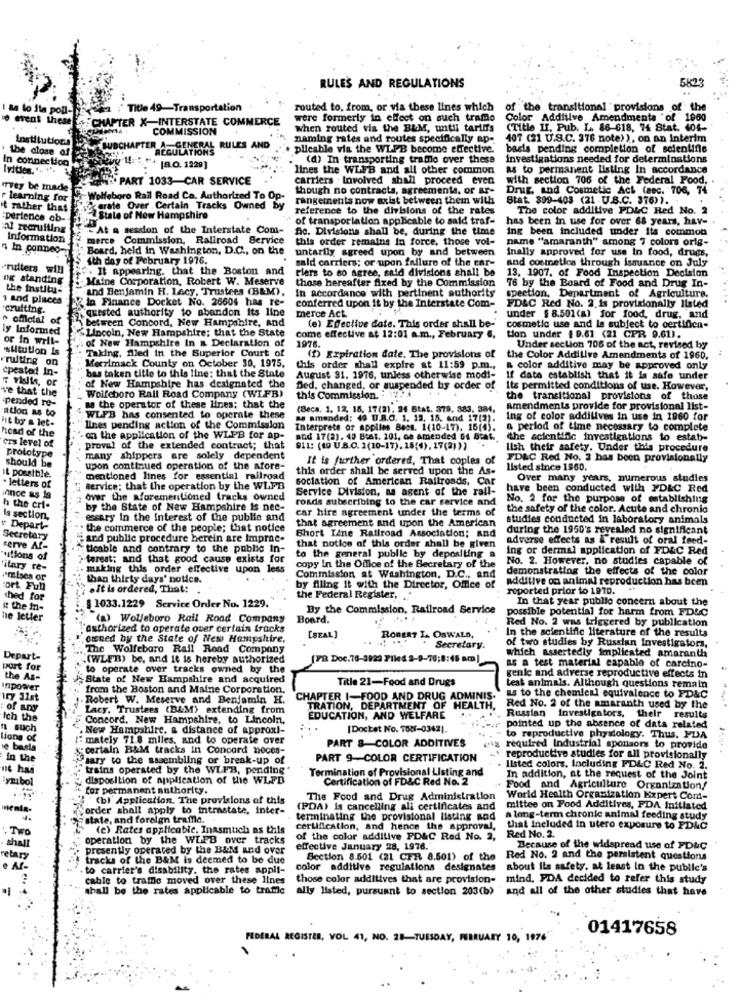
RULES AND REGULATIONS
5623
I & lo ita poll-
Title 49-Transportation
routed to, from, or via these lines which
of the transitional provisions of the
event these
CHAPTER X-INTERSTATE COMMERCE
were formerly in effect on such tramo
Color Additive Amendments of 1900
COMMISSION
when routed vis the BLM, untu tariffs
(Title II. Pub. L. 86-618, 74 Stat. 404-
Institutions
naming rates and routes specifically ap-
407 (21 U.S.C. 376 note) ), on an Interim
the close of
TER A-GENERAL RULES AND
REGULATIONS
plicable via the WL-PB become effective.
basis pending completion of scientifle
In connection
"(d) In transporting tramno over these
investigations needed for determinations
[8.O. 1229]
lines the WLFB and all other common
as to permanent listing In accordance
TA PART 1033-CAR SERVICE
carriers . Involved shall proceed even
with section 706 of the Federal Food. .
vey be made
though no contracts, agreements, or ar-
Drug, and Cosmetic Act (sec. 706, 74
r learning for
Wolfeboro Rail Road Ca. Authorized To Op-
rangements now exist between them with
Stat. 399-403 (21 U.S.C. 376)) ..
it rather that
crate Over Certain Tracks Owned by
reference to the divisions of the rates
The color additive PDLC Red No. 2
:perience ob-
- State of New Hampshire
of transportation applicable to said traf- has been in use for over 68 years, hav-
has been in use for over 68 years, hav-
al recruiting
-At a session of the Interstate Com-
fc. Divisions shall be, during the time
ing been included under its common
Information
merce Commission, Raliroad Service
this order remains in force, those vol-
name "amaranth" among 7 colors orig-
" In conneo-
"Board, held in Washington, D.C ., on the
untarily agreed upon by and between
Inally approved for use In food, drugs,
"ith day of February 1976.
sald carriers; or upon failure of the car-
and cosmetics through issuance on July
"ruiters will
#. It appearing, that the Boston and
Flers to so agree, said divisions shall be
13. 1907. of Food Inspection Decision
ng standing
Maine Corporation, Robert W. Meserve
those hereafter fixed by the Commission
the institu-
And Benjamin H. Lecy, Trustees (B&M),
In accordance with pertinent authority
76 by the Board of Food and Drug In-
1 and places
Y la Finance Docket No. 26604 has re-
conferred upon it by the Interstate Com-
pection. Department of Agriculture.
cruiting.
quested authority to abandon its line
merce Act
FD&C Red No. 2. is provisionally listed
" ofilotal of
between Concord, New Hampshire, and
under # 8.501(a) for food, drug, and
ly Informed
Lincoln, New Hampshire; that the State
(e) Effective date. This order shall be-
cosmetic use and la subject to certifica-
or in will-
of New Hampshire In a Declaration of
come effective at 12:01 a.m ., February 6, tion under $ 9.61 (21 CPR 9.61).
sitution is
Taking, filed in the Superior Court of
1976.
Under section 708 of the act, revised byy
rrulting on
(D) Expiration date. The provisions of the Color Additive Amendments of 1960.
cpeated In-
Merrimack County on October 30, 1975,
this order shall expire at 11:59 p.m .,
a color additive may be approved only
T Vislis, or
bes taken title to this line: that the State
August 31. 1976, unless otherwise modi-
If data establish that it is safe under
ve that the
of New Hampshire has designated the
Ded, changed, or suspended by order of
Its permitted conditions of use. However,
pended re-
Wolfeboro Rall Road Company (WLFB)
this Commission.
the transitional provisions of those
ation as to
w the operator of these lines; that the
(Beca. 1. 12, 15, 17(2). 24 Stat. 379, 883. 384,
Amendments provide for provisional list-
Fit bo a let-
WLFB has consented to operate these
as amended: 49 U.R.O. 1. 12. 15, and 17(2).
Ing of color addilives in use in 1960 for
head of the
lines pending action of the Commission
Interprets or applies Bacs. 1(10-17). 16(4).
a period of time necessary to complete
on the application of the WLFB for ap-
and 17(2) . 49 Btat. 201, oe amended Of Staf ..
"the scientific investigations to estab-
crs level of
proval of the extended contract; that
911: (40 U.S.C. 1(10-17). 15(4), 17(2)))
Ilsh their safety. Under this procedure
prototype
many shippers are solely dependent
It is further ordered, That copies of
FD&C Red No. 2 has been provisionally
should be
upon continued operation of the afore-
this order shall be served upon the As-
listed since 1960.
It possible.
· letters of
mentioned lines for essential railroad
sociation of American Railroads, Car
Over many years, numerous studies
once as 19
service; that the operation by the WLFB
Service Division, as agent of the rail-
have been conducted with FD&C Red
over the aforementioned tracks owned
roads subscribing to the car service and
No. 2 for the purpose of establishing
h the cri-
by the State of New Hampshire is nec-
car hire agreement under the terms of
the safety of the color. Acute and chronic
is section,
essary in the Interest of the publie and
that agreement and upon the American
studies conducted in laboratory animals
v Depart-
the commerce of the people; that notice
during the 1950's revealed no significant
Secretary
and public procedure herein are Imprac-
Short Ilne Railroad Association; and
adverse effects as & result of oral feed-
serve Al-
ticable and contrary to the public in-
that notice of this order shall be given
ing or dermal application of FDAC Red
utions of
tarest; and that good cause exists for
to the general publie by depositing a
No. 2. However, no studies capable of
itary re-
making this order effective upon less
copy In the Office of the Secretary of the
demonstrating the effects of the color
"mises or
than thirty days' notice.
Commission at Washington, D.C ., and
additive on animal reproduction has been
ort Full
.It is ordered, That:
by filing it with the Director, Office of
reported prior to 1970.
ched for
the Federal Register. ..
In that year public concern about the
R the In-
{ 1033.1229 Service Order No. 1229.
By the Commission, Railroad Service
possible potential for harm from FD&C
he letter
"(a) Wolfeboro Rail Road Company
Board.
Red No. 2 was triggered by publication
'authorized to operate over certain tracks
In the scientific literature of the results
owned by the State of New Hampshire.
[SEAL]
ROBERT IA OSWALD,
of two studies by Russian Investigators,
,The Wolfeboro Rail Road Company
Secretary.
Depart-
"(WLEB) be, and it is hereby authorized
[FR Doc.76-3922 Piled 2-9-76;8:45 am]
which assertedly implicated amaranth
port for
to operate over tracks owned by the
as a test material capable of carcino-
the As-
State of New Hampshire and acquired
Title 21-Food and Drugs
genle and adverse reproductive effects in
anpower
from the Boston and Maine Corporation,
as to the chemical equivalence to FD&C
test animals. Although questions remain
iry 31st
Robert W. Meserve and Benjamin H.
CHAPTER I-FOOD AND DRUG ADMINIS-
of any
Lacy. Trustees (B&M) extending from
TRATION, DEPARTMENT OF HEALTH,
Red No. 2 of the amaranth used by the
Ich the
Concord, New Hampshire, to Lincoln,
EDUCATION, AND WELFARE
Russian Investigators. their results
IL such
New Hampshire. a distance of approxi-
[Docket No. TON-0362).
pointed up the absence of data related
tions of
mately 71.8 miles, and to operate over
PART &-COLOR ADDITIVES
to reproductive physiology. Thus, FDA
e basta
certain B&M tracks in Concord noces-
required Industrial sponsors to provide
in the
sary to the assembling or break-up of
PART 9-COLOR CERTIFICATION
reproductive studies for all provisionally
ne has
trains operated by the WLFB, pending
Termination of Provisional Listing and
listed colors, Including FDLC Red No. 2.
Symbol
disposition of application of the WLFD
Certification of FD&C Red No. 2
In addition, at the request of the Joint
for permanent authority.
Food and Agriculture Organization!
"(b) Application. The provisions of this
The Food and Drug Administration
World Health Organization Expert Com-
order shall apply to intrastate, inter-
(PDA) is cancelling ali certificates and
mittee on Food Additives, PDA Initiated
state, and foreign traffic.
terminating the provisional listing and
a long-term chronie animal feeding study
(c) Rates applicable, Inasmuch as this
certification, and hence the approval,
that included in utero exposure to FD&C
operation by the WLFB over tracks
of the color additive PD&C Red No. 2,
Red No. 2.
presently operated by the B&M and over
effective January 28, 1976.
Because of the widspread use of FD&C
tracks of the B&M is deemed to be due
Section 8.501 (21 CFR 8.501) of the Red No. 2 and the persistent questions
to carrier's disability. the rates appli-
color additive regulations designates
about Its safety, at least In the public's
cable to traffic moved over these lines
those color additives that are provision- mind, PDA decided to refer this study
shall be the rates applicable to trame
ally listed, pursuant to section 203(b)
` and all of the other studies that have
01417658
FEDERAL REGISTER, VOL 41, NO. 28-TUESDAY, FEBRUARY 10, 1976